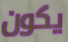
يكون